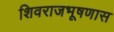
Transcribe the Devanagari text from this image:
शिवराजभूषणास